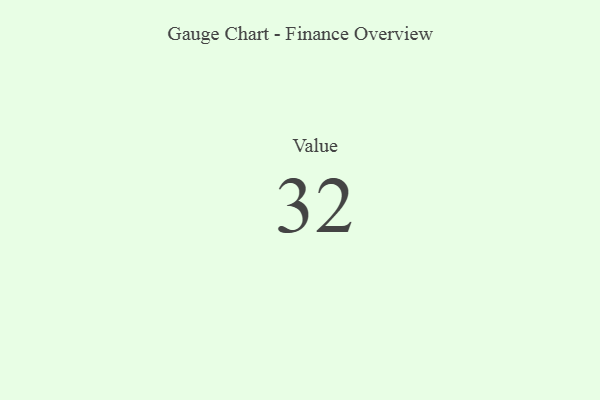
{"axis": {"x": "Metric", "y": "Value"}, "legend": [""], "data": [{"x": "Value", "y": 32, "type": ""}]}